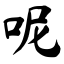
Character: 呢